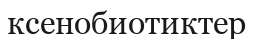
ксенобиотиктер